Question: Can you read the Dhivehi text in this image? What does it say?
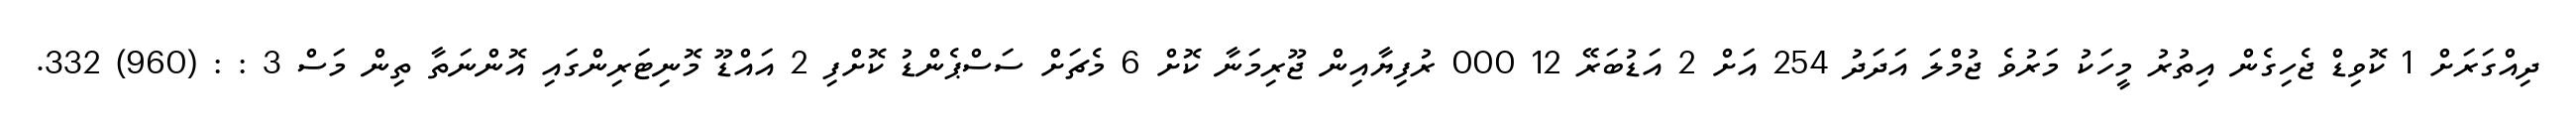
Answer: ދިއްގަރަށް 1 ކޮވިޑް ޖެހިގެން އިތުރު މީހަކު މަރުވެ ޖުމްލަ އަދަދު 254 އަށް 2 އަޑުބަރޭ 12 000 ރުފިޔާއިން ޖޫރިމަނާ ކޮށް 6 މެޗަށް ސަސްޕެންޑު ކޮށްފި 2 އައްޑޫ މޮނިޓަރިންގައި އޮންނަތާ ތިން މަސް 3 : : (960) 332.